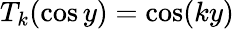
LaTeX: T_{k}(\cos y)=\cos(ky)